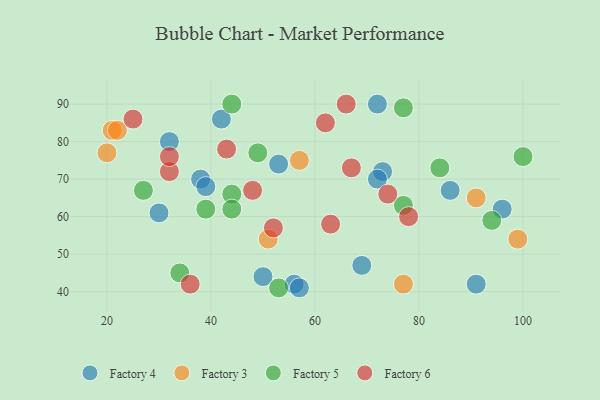
{"axis": {"x": "GDP", "y": "Life Expectancy"}, "legend": ["Factory 3", "Factory 4", "Factory 5", "Factory 6"], "data": [{"x": "86", "y": 67, "type": "Factory 4"}, {"x": "56", "y": 42, "type": "Factory 4"}, {"x": "38", "y": 70, "type": "Factory 4"}, {"x": "73", "y": 72, "type": "Factory 4"}, {"x": "30", "y": 61, "type": "Factory 4"}, {"x": "72", "y": 90, "type": "Factory 4"}, {"x": "72", "y": 70, "type": "Factory 4"}, {"x": "96", "y": 62, "type": "Factory 4"}, {"x": "42", "y": 86, "type": "Factory 4"}, {"x": "91", "y": 42, "type": "Factory 4"}, {"x": "53", "y": 74, "type": "Factory 4"}, {"x": "57", "y": 41, "type": "Factory 4"}, {"x": "50", "y": 44, "type": "Factory 4"}, {"x": "69", "y": 47, "type": "Factory 4"}, {"x": "39", "y": 68, "type": "Factory 4"}, {"x": "32", "y": 80, "type": "Factory 4"}, {"x": "77", "y": 42, "type": "Factory 3"}, {"x": "57", "y": 75, "type": "Factory 3"}, {"x": "21", "y": 83, "type": "Factory 3"}, {"x": "99", "y": 54, "type": "Factory 3"}, {"x": "20", "y": 77, "type": "Factory 3"}, {"x": "22", "y": 83, "type": "Factory 3"}, {"x": "51", "y": 54, "type": "Factory 3"}, {"x": "91", "y": 65, "type": "Factory 3"}, {"x": "77", "y": 63, "type": "Factory 5"}, {"x": "53", "y": 41, "type": "Factory 5"}, {"x": "34", "y": 45, "type": "Factory 5"}, {"x": "44", "y": 66, "type": "Factory 5"}, {"x": "44", "y": 90, "type": "Factory 5"}, {"x": "94", "y": 59, "type": "Factory 5"}, {"x": "49", "y": 77, "type": "Factory 5"}, {"x": "77", "y": 89, "type": "Factory 5"}, {"x": "84", "y": 73, "type": "Factory 5"}, {"x": "39", "y": 62, "type": "Factory 5"}, {"x": "27", "y": 67, "type": "Factory 5"}, {"x": "44", "y": 62, "type": "Factory 5"}, {"x": "100", "y": 76, "type": "Factory 5"}, {"x": "63", "y": 58, "type": "Factory 6"}, {"x": "66", "y": 90, "type": "Factory 6"}, {"x": "43", "y": 78, "type": "Factory 6"}, {"x": "25", "y": 86, "type": "Factory 6"}, {"x": "32", "y": 72, "type": "Factory 6"}, {"x": "48", "y": 67, "type": "Factory 6"}, {"x": "32", "y": 76, "type": "Factory 6"}, {"x": "74", "y": 66, "type": "Factory 6"}, {"x": "62", "y": 85, "type": "Factory 6"}, {"x": "67", "y": 73, "type": "Factory 6"}, {"x": "52", "y": 57, "type": "Factory 6"}, {"x": "78", "y": 60, "type": "Factory 6"}, {"x": "36", "y": 42, "type": "Factory 6"}]}